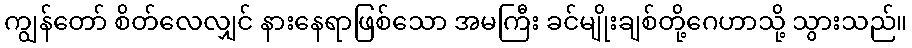
ကျွန်တော် စိတ်လေလျှင် နားနေရာဖြစ်သော အမကြီး ခင်မျိုးချစ်တို့ဂေဟာသို့ သွားသည်။